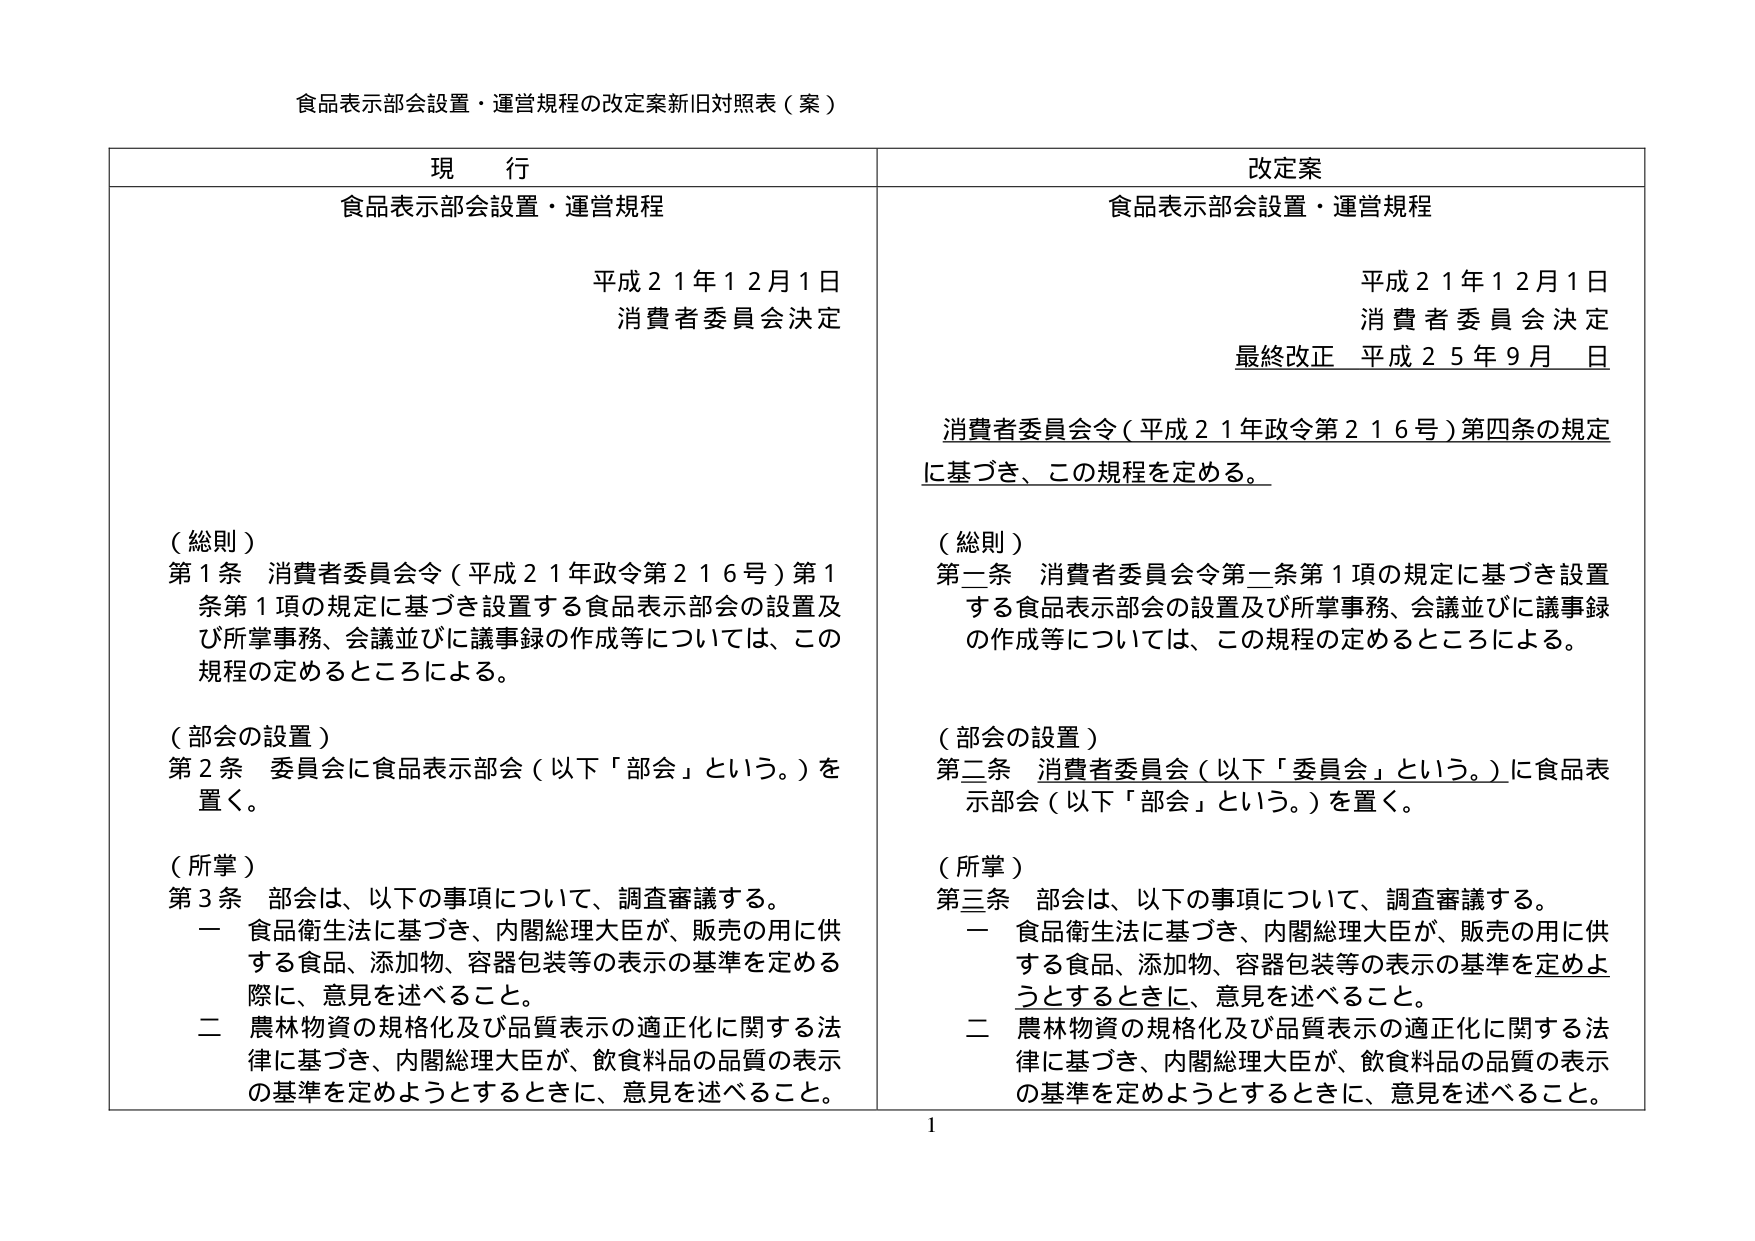
食品表示部会設置・運営規程の改定案新旧対照表（案）

現 行
食品表示部会設置・運営規程
平成２１年１２月１日
消費者委員会決定

（総則）
第１条 消費者委員会令（平成２１年政令第２１６号）第１条第１項の規定に基づき設置する食品表示部会の設置及び所掌事務、会議並びに議事録の作成等については、この規程の定めるところによる。

（部会の設置）
第２条 委員会に食品表示部会（以下「部会」という。）を置く。

（所掌）
第３条 部会は、以下の事項について、調査審議する。
　一 食品衛生法に基づき、内閣総理大臣が、販売の用に供する食品、添加物、容器包装等の表示の基準を定める際に、意見を述べること。
　二 農林物資の規格化及び品質表示の適正化に関する法律に基づき、内閣総理大臣が、飲食料品の品質の表示の基準を定めようとするときに、意見を述べること。

改定案
食品表示部会設置・運営規程
平成２１年１２月１日
消費者委員会決定
最終改正 平成２５年９月　日

消費者委員会令（平成２１年政令第２１６号）第四条の規定に基づき、この規程を定める。

（総則）
第二条 消費者委員会令第一条第１項の規定に基づき設置する食品表示部会の設置及び所掌事務、会議並びに議事録の作成等については、この規程の定めるところによる。

（部会の設置）
第二条 消費者委員会（以下「委員会」という。）に食品表示部会（以下「部会」という。）を置く。

（所掌）
第三条 部会は、以下の事項について、調査審議する。
　一 食品衛生法に基づき、内閣総理大臣が、販売の用に供する食品、添加物、容器包装等の表示の基準を定めようとするときに、意見を述べること。
　二 農林物資の規格化及び品質表示の適正化に関する法律に基づき、内閣総理大臣が、飲食料品の品質の表示の基準を定めようとするときに、意見を述べること。

1